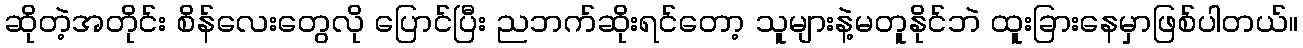
ဆိုတဲ့အတိုင်း စိန်လေးတွေလို ပြောင်ပြီး ညဘက်ဆိုးရင်တော့ သူများနဲ့မတူနိုင်ဘဲ ထူးခြားနေမှာဖြစ်ပါတယ်။